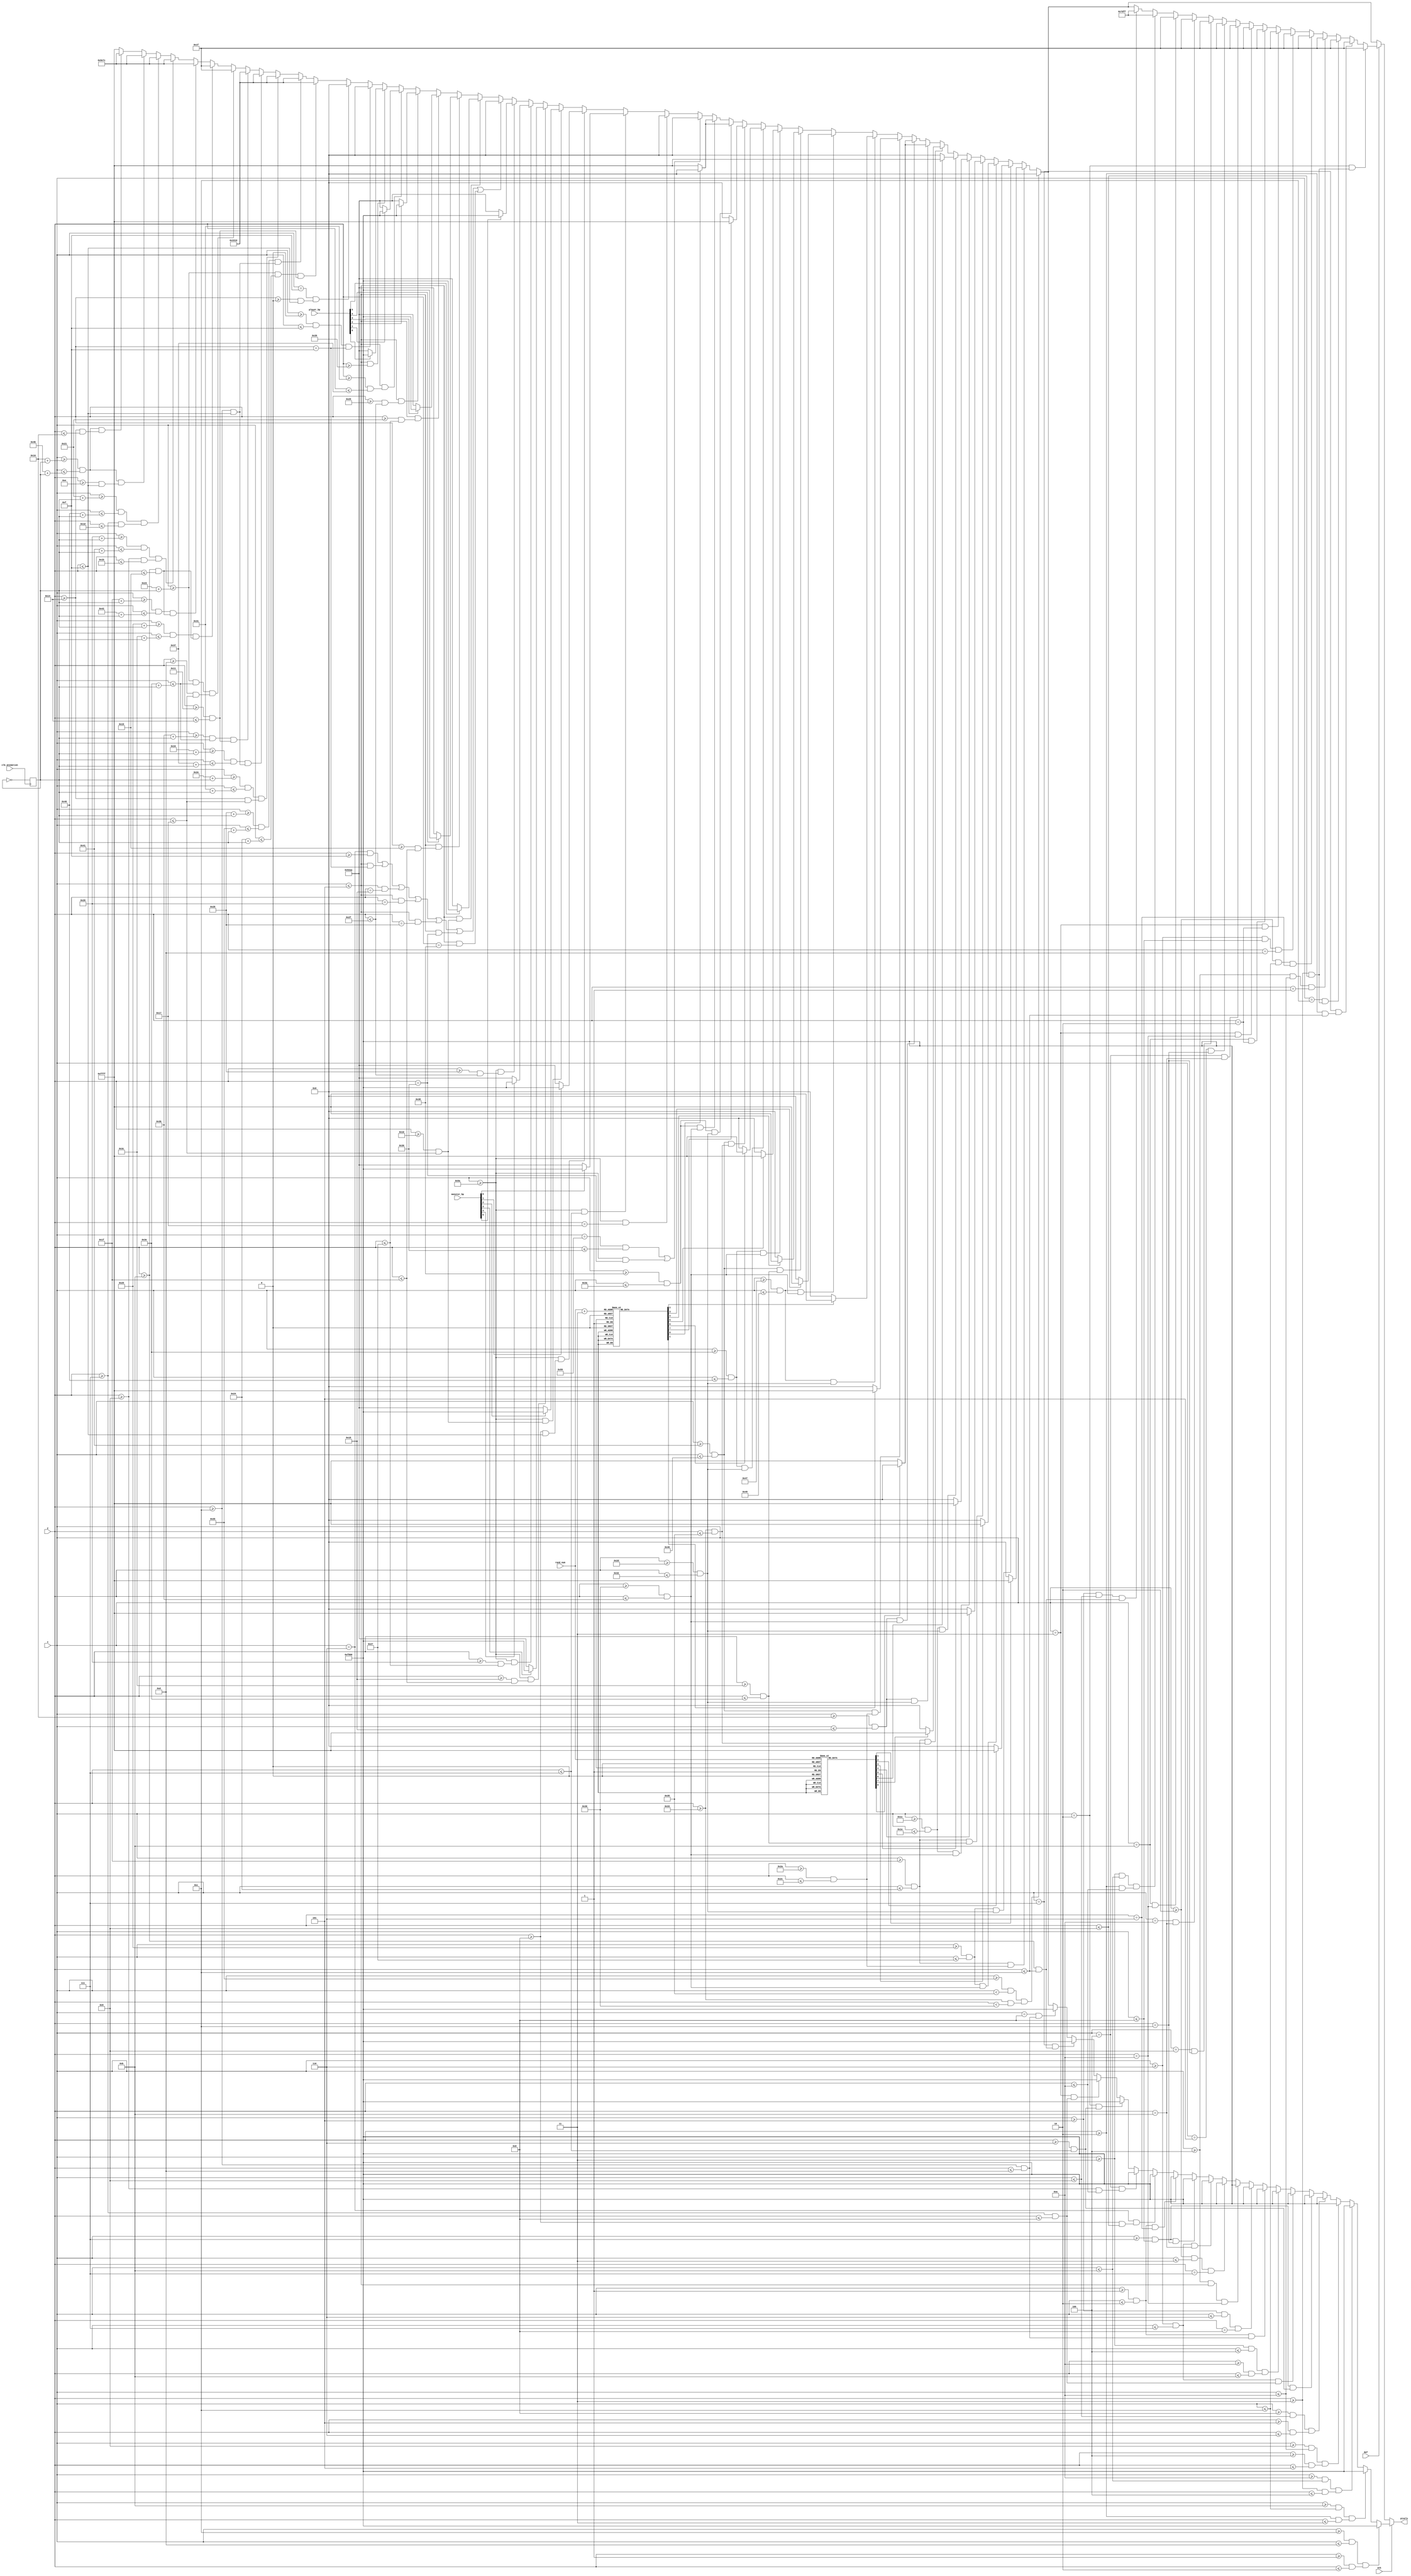
`timescale 1ns / 1ps
//////////////////////////////////////////////////////////////////////////////////
// Company: 
// Engineer: 
// 
// Design Name: 
// Module Name: m1_combat_scrn
// Project Name: 
// Target Devices: 
// Tool Versions: 
// Description: 
// 
// Dependencies: 
// 
// Revision:
// Revision 0.01 - File Created
// Additional Comments:
// 
//////////////////////////////////////////////////////////////////////////////////


module m1_combat_scrn(
    input [6:0] x,
    input [5:0] y,
    input clk_animation,
    input [3:0] rand_num,
    input [5:0] monster_hp,
    input [5:0] player_hp,
    input atk, def,
    output reg [15:0] pixels
    );
    
    reg first_digit;
    reg [6:0] second_digit;
    reg third_digit;
    reg [6:0] fourth_digit;
    
    reg [1:0] movement;
    always @ (posedge clk_animation) movement <= ~movement; // toggles between 0 and 1 to shift x-coords
    
    always @ (*) begin
        
        case (rand_num)
            0:  begin first_digit = 0; second_digit = 7'b100_0000; end
            1:  begin first_digit = 0; second_digit = 7'b111_1001; end
            2:  begin first_digit = 0; second_digit = 7'b010_0100; end
            3:  begin first_digit = 0; second_digit = 7'b011_0000; end
            4:  begin first_digit = 0; second_digit = 7'b001_1001; end
            5:  begin first_digit = 0; second_digit = 7'b001_0010; end
            6:  begin first_digit = 0; second_digit = 7'b000_0010; end
            7:  begin first_digit = 0; second_digit = 7'b111_1000; end
            8:  begin first_digit = 0; second_digit = 7'b000_0000; end
            9:  begin first_digit = 0; second_digit = 7'b001_0000; end
            10: begin first_digit = 1; second_digit = 7'b100_0000; end
            11: begin first_digit = 1; second_digit = 7'b111_1001; end
            12: begin first_digit = 1; second_digit = 7'b010_0100; end
            13: begin first_digit = 1; second_digit = 7'b011_0000; end
            14: begin first_digit = 1; second_digit = 7'b001_1001; end
            15: begin first_digit = 1; second_digit = 7'b001_0010; end
            16: begin first_digit = 1; second_digit = 7'b000_0010; end
        endcase
        
        case (rand_num+3)
            0:  begin third_digit = 0; fourth_digit = 7'b100_0000; end
            1:  begin third_digit = 0; fourth_digit = 7'b111_1001; end
            2:  begin third_digit = 0; fourth_digit = 7'b010_0100; end
            3:  begin third_digit = 0; fourth_digit = 7'b011_0000; end
            4:  begin third_digit = 0; fourth_digit = 7'b001_1001; end
            5:  begin third_digit = 0; fourth_digit = 7'b001_0010; end
            6:  begin third_digit = 0; fourth_digit = 7'b000_0010; end
            7:  begin third_digit = 0; fourth_digit = 7'b111_1000; end
            8:  begin third_digit = 0; fourth_digit = 7'b000_0000; end
            9:  begin third_digit = 0; fourth_digit = 7'b001_0000; end
            10: begin third_digit = 1; fourth_digit = 7'b100_0000; end
            11: begin third_digit = 1; fourth_digit = 7'b111_1001; end
            12: begin third_digit = 1; fourth_digit = 7'b010_0100; end
            13: begin third_digit = 1; fourth_digit = 7'b011_0000; end
            14: begin third_digit = 1; fourth_digit = 7'b001_1001; end
            15: begin third_digit = 1; fourth_digit = 7'b001_0010; end
            16: begin third_digit = 1; fourth_digit = 7'b000_0010; end
            default: begin third_digit = 1; fourth_digit = 7'b000_0010; end
        endcase
    
        // combat range
        if ((x >= 43    && x < 43+10) && (y >= 51 && y < 51+3)) pixels = 16'h0000;
        
        else if ((x >= 31 && x <= 36) && (y >= 42 && y <= 44)) pixels = (!second_digit[0]) ? 16'h0000 : 16'hFFFF; // pixels = 16'h0000;
        else if ((x >= 37 && x <= 39) && (y >= 45 && y <= 50)) pixels = (!second_digit[1]) ? 16'h0000 : 16'hFFFF; // pixels = 16'h0000;
        else if ((x >= 37 && x <= 39) && (y >= 54 && y <= 59)) pixels = (!second_digit[2]) ? 16'h0000 : 16'hFFFF; // pixels = 16'h0000;
        else if ((x >= 31 && x <= 36) && (y >= 60 && y <= 62)) pixels = (!second_digit[3]) ? 16'h0000 : 16'hFFFF; // pixels = 16'h0000;
        else if ((x >= 28 && x <= 30) && (y >= 54 && y <= 59)) pixels = (!second_digit[4]) ? 16'h0000 : 16'hFFFF; // pixels = 16'h0000;
        else if ((x >= 28 && x <= 30) && (y >= 45 && y <= 50)) pixels = (!second_digit[5]) ? 16'h0000 : 16'hFFFF; // pixels = 16'h0000;
        else if ((x >= 31 && x <= 36) && (y >= 51 && y <= 53)) pixels = (!second_digit[6]) ? 16'h0000 : 16'hFFFF; // pixels = 16'h0000;
        
        else if ((x >= 22 && x <= 24) && (y >= 45 && y <= 50)) pixels = (first_digit) ? 16'h0000 : 16'hFFFF; // pixels =  16'h0000;
        else if ((x >= 22 && x <= 24) && (y >= 54 && y <= 59)) pixels = (first_digit) ? 16'h0000 : 16'hFFFF;
        
        else if ((x >= 31+34 && x <= 36+34) && (y >= 42 && y <= 44)) pixels = (!fourth_digit[0]) ? 16'h0000 : 16'hFFFF; // pixels = 16'h0000;
        else if ((x >= 37+34 && x <= 39+34) && (y >= 45 && y <= 50)) pixels = (!fourth_digit[1]) ? 16'h0000 : 16'hFFFF; // pixels = 16'h0000;
        else if ((x >= 37+34 && x <= 39+34) && (y >= 54 && y <= 59)) pixels = (!fourth_digit[2]) ? 16'h0000 : 16'hFFFF; // pixels = 16'h0000;
        else if ((x >= 31+34 && x <= 36+34) && (y >= 60 && y <= 62)) pixels = (!fourth_digit[3]) ? 16'h0000 : 16'hFFFF; // pixels = 16'h0000;
        else if ((x >= 28+34 && x <= 30+34) && (y >= 54 && y <= 59)) pixels = (!fourth_digit[4]) ? 16'h0000 : 16'hFFFF; // pixels = 16'h0000;
        else if ((x >= 28+34 && x <= 30+34) && (y >= 45 && y <= 50)) pixels = (!fourth_digit[5]) ? 16'h0000 : 16'hFFFF; // pixels = 16'h0000;
        else if ((x >= 31+34 && x <= 36+34) && (y >= 51 && y <= 53)) pixels = (!fourth_digit[6]) ? 16'h0000 : 16'hFFFF; // pixels = 16'h0000;
        
        else if ((x >= 56 && x <= 58) && (y >= 45 && y <= 50)) pixels = (third_digit) ? 16'h0000 : 16'hFFFF; // pixels = 16'h0000;
        else if ((x >= 56 && x <= 58) && (y >= 54 && y <= 59)) pixels = (third_digit) ? 16'h0000 : 16'hFFFF;

        
        // monster hp
        else if ((x == 89 && y <= 48) || (x >= 90 && y == 48)) pixels = 16'h0000;
        else if (x >= 90 && y == 23) pixels = 16'h0000;

        else if ((x >= 90) && (           y <= 7 )) pixels = (monster_hp[0]) ? 16'hF800 : 16'h52AA;
        else if ((x >= 90) && (y >= 8  && y <= 15)) pixels = (monster_hp[1]) ? 16'hF800 : 16'h52AA;
        else if ((x >= 90) && (y >= 16 && y <= 23)) pixels = (monster_hp[2]) ? 16'hF800 : 16'h52AA;
        else if ((x >= 90) && (y >= 24 && y <= 31)) pixels = (monster_hp[3]) ? 16'hF800 : 16'h52AA;
        else if ((x >= 90) && (y >= 32 && y <= 39)) pixels = (monster_hp[4]) ? 16'hF800 : 16'h52AA;
        else if ((x >= 90) && (y >= 40 && y <= 47)) pixels = (monster_hp[5]) ? 16'hF800 : 16'h52AA;
        
        // player hp
        else if ((x == 6 && y >= 15) || (x <= 5 && y == 15) || (x <= 5 && y == 24) || (x <= 5 && y == 32) || (x <= 5 && y == 40) || (x <= 5 && y == 48) || (x <= 5 && y == 56)) pixels = 16'h0000;
        else if ((x <= 5) && (y >= 16 && y <= 23)) pixels = (player_hp[5]) ? 16'hF800 : 16'h52AA;
        else if ((x <= 5) && (y >= 25 && y <= 31)) pixels = (player_hp[4]) ? 16'hF800 : 16'h52AA;
        else if ((x <= 5) && (y >= 33 && y <= 39)) pixels = (player_hp[3]) ? 16'hF800 : 16'h52AA;
        else if ((x <= 5) && (y >= 41 && y <= 47)) pixels = (player_hp[2]) ? 16'hF800 : 16'h52AA;
        else if ((x <= 5) && (y >= 49 && y <= 55)) pixels = (player_hp[1]) ? 16'hF800 : 16'h52AA;
        else if ((x <= 5) && (y >= 57           )) pixels = (player_hp[0]) ? 16'hF800 : 16'h52AA;
        
        // icon borders
        else if ((x >= 0 && x <= 15) && (y == 15)) pixels = 16'h0000;
        else if ((x == 15) && (y >= 0 && y <= 15)) pixels = 16'h0000;

        
        // monster sprite
        
        //dark green
        else if ((x >= 35+movement && x <= 36+movement) && (y >= 17 && y <= 20)) pixels = 16'h3310;
        else if ((x >= 40+movement && x <= 43+movement) && (y >= 12 && y <= 15)) pixels = 16'h3310;
        else if ((x >= 46+movement && x <= 49+movement) && (y >= 20 && y <= 23)) pixels = 16'h3310;
        else if ((x >= 52+movement && x <= 55+movement) && (y >= 12 && y <= 15)) pixels = 16'h3310;
        else if ((x >= 59+movement && x <= 62+movement) && (y >= 17 && y <= 20)) pixels = 16'h3310;
        
        //dark blue
        else if ((x >= 35+movement && x <= 62+movement) && (y >= 13 && y <= 23)) pixels = 16'h001F;
        else if ((x >= 37+movement && x <= 60+movement) && (y >= 11 && y <= 25)) pixels = 16'h001F;
        
        //light blue
        else if ((x >= 31+movement && x <= 66+movement) && (y >= 11 && y <= 25)) pixels = 16'h5E7C;
        else if ((x >= 32+movement && x <= 65+movement) && (y >= 9 && y <= 27))  pixels = 16'h5E7C;
        else if ((x >= 33+movement && x <= 64+movement) && (y >= 7 && y <= 29))  pixels = 16'h5E7C;
        else if ((x >= 22+movement && x <= 75+movement) && (y >= 14 && y <= 15)) pixels = 16'h5E7C;
        else if ((x >= 22+movement && x <= 75+movement) && (y >= 20 && y <= 22)) pixels = 16'h5E7C;
            
        else pixels = 16'hFFFF;
        
        // combat icon (sword / shield)
        if (atk) begin
                 if ((x >= 12 && x <= 13) && (y >= 1 && y <= 2)) pixels = 16'hF800;
            else if ((x >= 11 && x <= 12) && (y >= 2 && y <= 3)) pixels = 16'hF800;
            else if ((x >= 10 && x <= 11) && (y >= 3 && y <= 4)) pixels = 16'hF800;
            else if ((x >= 9 && x <= 10) && (y >= 4 && y <= 5))  pixels = 16'hF800;
            else if ((x >= 8 && x <= 9) && (y >= 5 && y <= 6))   pixels = 16'hF800;
            else if ((x >= 7 && x <= 8) && (y >= 6 && y <= 7))   pixels = 16'hF800;
            else if ((x >= 6 && x <= 7) && (y >= 7 && y <= 8))   pixels = 16'hF800;
            else if ((x >= 3 && x <= 4) && (y >= 10 && y <= 11)) pixels = 16'hF800;
            else if ((x >= 1 && x <= 2) && (y >= 12 && y <= 13)) pixels = 16'hF800;
            else if ((x >= 5 && x <= 6) && (y == 8))             pixels = 16'hF800;
            else if ((x >= 4 && x <= 5) && (y == 10))            pixels = 16'hF800;
            else if ((x >= 2 && x <= 3) && (y == 7))             pixels = 16'hF800;
            else if ((x >= 6 && x <= 7) && (y == 11))            pixels = 16'hF800;
            else if ((x >= 7 && x <= 8) && (y == 12))            pixels = 16'hF800;
            else if ((x >= 1 && x <= 2) && (y == 6))             pixels = 16'hF800;
            else if ((x == 6) && (y >= 8 && y <= 9))             pixels = 16'hF800;
            else if ((x == 4) && (y >= 9 && y <= 10))            pixels = 16'hF800;
            else if ((x == 2) && (y >= 6 && y <= 7))             pixels = 16'hF800;
            else if ((x == 3) && (y >= 7 && y <= 8))             pixels = 16'hF800;
            else if ((x == 7) && (y >= 11 && y <= 12))           pixels = 16'hF800;
            else if ((x == 8) && (y >= 12 && y <= 13))           pixels = 16'hF800;
        end else if (def) begin
                 if ((x == 2) && (y >= 3 && y <= 9))             pixels = 16'h001F;
            else if ((x == 7) && (y >= 2 && y <= 12))            pixels = 16'h001F;
            else if ((x == 12) && (y >= 3 && y <= 9))            pixels = 16'h001F;
            else if ((x >= 4 && x <= 10) && (y == 1))            pixels = 16'h001F;
            else if ((x >= 2 && x <= 12) && (y == 6))            pixels = 16'h001F;
            else if ((x >= 6 && x <= 8) && (y == 13))            pixels = 16'h001F;
            else if (x == 3 && y == 2)                           pixels = 16'h001F;
            else if (x == 11 && y == 2)                          pixels = 16'h001F;
            else if (x == 3 && y == 10)                          pixels = 16'h001F;
            else if (x == 4 && y == 11)                          pixels = 16'h001F;
            else if (x == 5 && y == 12)                          pixels = 16'h001F;
            else if (x == 9 && y == 12)                          pixels = 16'h001F;
            else if (x == 10 && y == 11)                         pixels = 16'h001F;
            else if (x == 11 && y == 10)                         pixels = 16'h001F;
            else if ((x >= 3 && x <= 11) && (y >= 2 && y <= 10)) pixels = 16'h7DFF;
            else if ((x >= 5 && x <= 9) && (y >= 11 && y <= 12)) pixels = 16'h7DFF;
        end
        
//        if (!player_hp) pixels = 16'h07FF;
//        if (!monster_hp) pixels = 16'hFBDE;
    
    end
    
endmodule